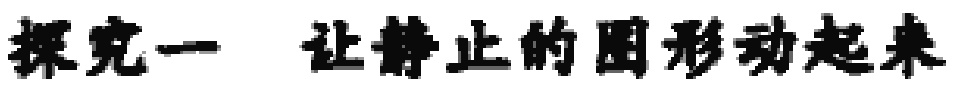
探究一 让静止的图形动起来